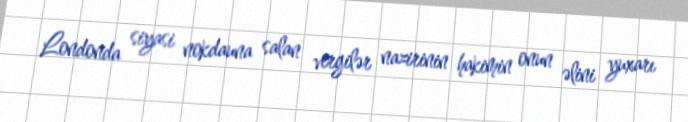
Londonda siyasi nokdauna salan vergilər nazirinin hakimin onun əlini yuxarı